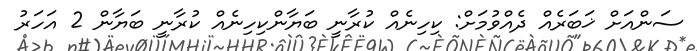
ސަންއަށް ޚަބަރެއް ދެއްވުމަށް: ކިހިނެއް ކުރާނީ ބަޔާންކިހިނެއް ކުރާނީ ބަޔާން 2 އަހަރު